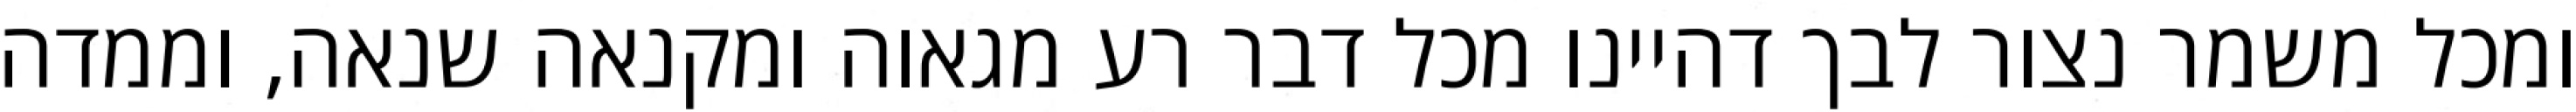
ומכל משמר נצור לבך דהיינו מכל דבר רע מגאוה ומקנאה שנאה, וממדה